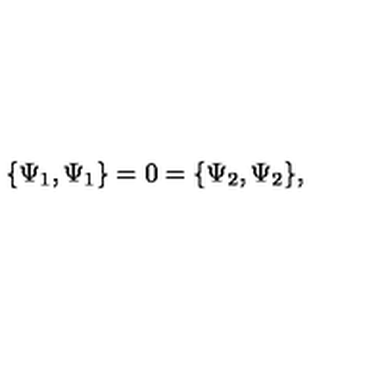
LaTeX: \{ \Psi _ { 1 } , \Psi _ { 1 } \} = 0 = \{ \Psi _ { 2 } , \Psi _ { 2 } \} ,